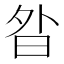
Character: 𭨚